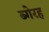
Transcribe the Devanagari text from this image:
ब्गेरह